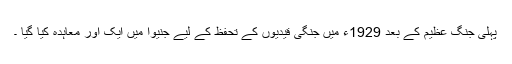
پہلی جنگ عظیم کے بعد 1929ء میں جنگی قیدیوں کے تحفظ کے لیے جنیوا میں ایک اور معاہدہ کیا گیا ۔